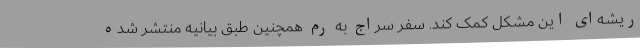
ریشه‌ای این مشکل کمک کند. سفر سراج به رم همچنین طبق بیانیه منتشر شده